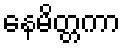
နေမိတ္တကာ